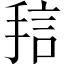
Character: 𱠅